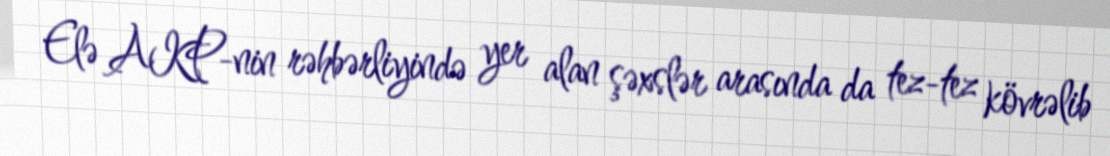
Elə AKP-nin rəhbərliyində yer alan şəxslər arasında da tez-tez kövrəlib